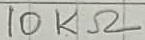
Text: 10KΩ